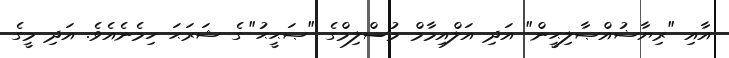
އާއި "ރިޔާޟުއްޞާލިޙީން" އަދި އަލްއިމާމް މުސްލިމްގެ "ޞަޙީޙު" ގެ ޝަރަޙަ ހިމެނެއެވެ. އަދި މީގެ